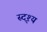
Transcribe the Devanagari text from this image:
स्दृश्य